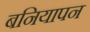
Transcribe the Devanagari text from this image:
बनियापन